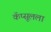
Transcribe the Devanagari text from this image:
कॅप्सूलला